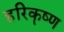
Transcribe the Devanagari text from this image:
हरिकॄष्ण